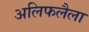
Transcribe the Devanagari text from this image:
अलिफलैला